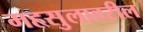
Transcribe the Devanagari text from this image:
महसुलावरील